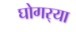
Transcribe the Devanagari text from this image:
घोगर्‍या